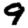
Digit: 9